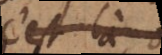
c’est là